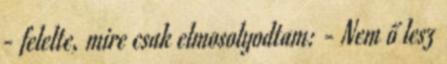
- felelte, mire csak elmosolyodtam: - Nem ő lesz